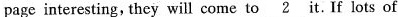
page interesting, they will come to \underline{2} it.If lots of